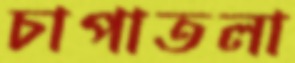
চাপাতলা